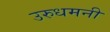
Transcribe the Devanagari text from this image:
उरुधमनी